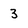
Character: 3